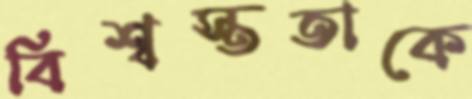
বিশ্বস্ততাকে